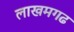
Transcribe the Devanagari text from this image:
लाखमगढ